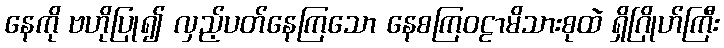
နေကို ဗဟိုပြု၍ လှည့်ပတ်နေကြသော နေစကြဝဠာမိသားစုထဲ ရှိဂြိုဟ်ကြီး